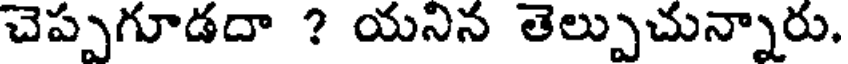
చెప్పుగూడదా ? యనిన తెల్పుచున్నారు.